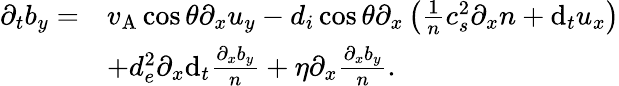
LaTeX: \begin{array}{rl}{\partial_{t}b_{y}=}&{v_{\mathrm{A}}\cos\theta\partial_{x}u_{y}-d_{i}\cos\theta\partial_{x}\left(\frac{1}{n}c_{s}^{2}\partial_{x}n+\mathrm{d}_{t}u_{x}\right)}\\ &{+d_{e}^{2}\partial_{x}\mathrm{d}_{t}\frac{\partial_{x}b_{y}}{n}+\eta\partial_{x}\frac{\partial_{x}b_{y}}{n}.}\end{array}